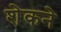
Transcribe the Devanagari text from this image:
शेकने